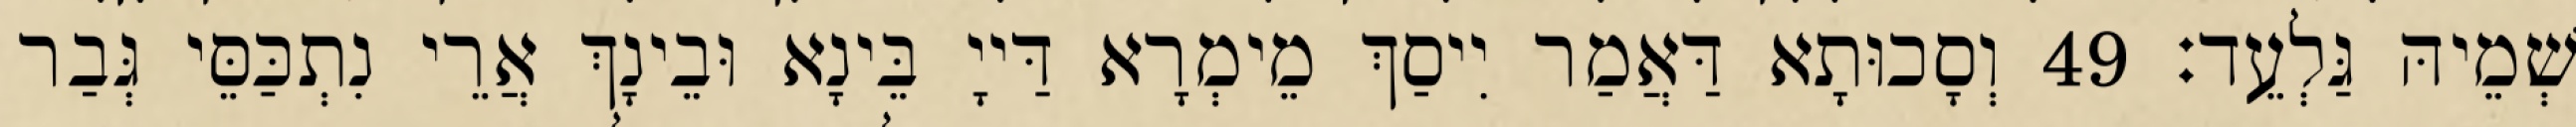
שְׁמֵיהּ גַּלְעֵד׃ 49 וְסָכוּתָא דַּאֲמַר יִיסַךְ מֵימְרָא דַּייָ בֵּינָא וּבֵינָךְ אֲרֵי נִתְכַּסֵּי גְּבַר